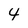
Character: 4